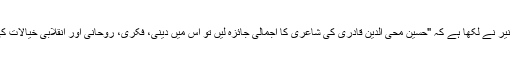
شاعر کے تعارف میں ضیاء نیر نے لکھا ہے کہ "حسین محی الدین قادری کی شاعری کا اجمالی جائزہ لیں تو اس میں دینی، فکری، روحانی اور انقلابی خیالات کی جھلک نمایاں نظر آتی ہے۔